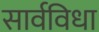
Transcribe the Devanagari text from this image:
सार्वविधा